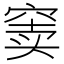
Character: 窦